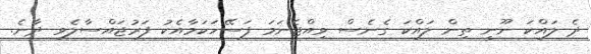
ދެ ލައްކަ ނޫނީ ތިން ލައްކަ ގެނެސް ވިއްޖެނަމަ ފަސޭހަކަމާއެކު ފަރުޖައްސާލެވި ދާނެ.